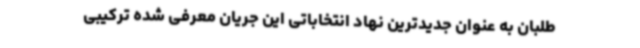
‌طلبان به عنوان جدیدترین نهاد انتخاباتی این جریان معرفی شده ترکیبی